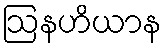
ဩနဟိယာန